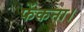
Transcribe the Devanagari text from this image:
फेंकना।